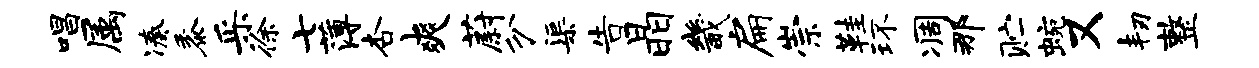
唱属凑黍采徐七薄杏爽蔚分渠告晶畿扁崇鞋环凋那贮蜿又韧整